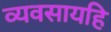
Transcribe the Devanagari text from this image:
व्यवसायहि